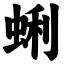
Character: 蜊